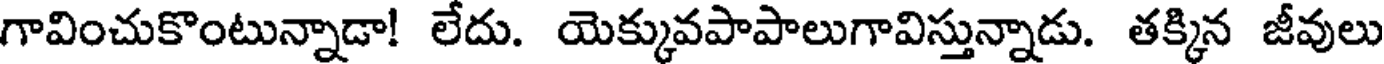
గావించుకొంటున్నాడా! లేదు. యెక్కువపాపాలుగావిస్తున్నాడు. తక్కిన జీవులు